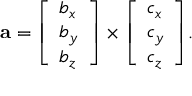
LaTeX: \mathbf { a } = { \left[ \begin{array} { l } { b _ { x } } \\ { b _ { y } } \\ { b _ { z } } \end{array} \right] } \times { \left[ \begin{array} { l } { c _ { x } } \\ { c _ { y } } \\ { c _ { z } } \end{array} \right] } .